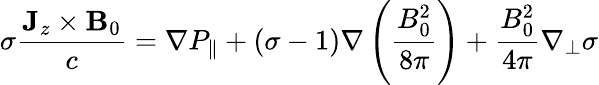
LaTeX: \sigma\frac{\mathbf{J}_{z}\times\mathbf{B}_{0}}{c}=\nabla P_{\| }+(\sigma-1)\nabla\left(\frac{B_{0}^{2}}{8\pi}\right)+\frac{B_{0}^{2}}{4\pi}\nabla_{\perp}\sigma